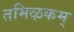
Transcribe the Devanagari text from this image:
तमिऴकम्